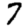
Digit: 7